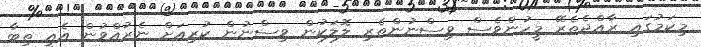
މިކަމުގައި ރާއްޖެތެރޭ މީހުންވެސް ވިސްނުންތެރި ލޮލަކުން ވިސްނުން ކުރިއަށް ނެރުއްވުން އެއީ ތިބާ